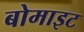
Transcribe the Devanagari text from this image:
बोमाइट